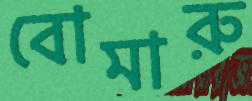
বোমারু